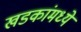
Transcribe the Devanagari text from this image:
खडकांंमध्ये